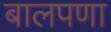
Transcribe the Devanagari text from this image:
बालपणा